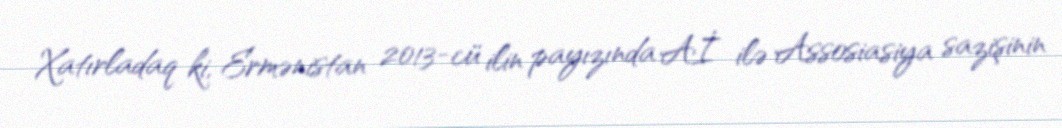
Xatırladaq ki, Ermənistan 2013-cü ilin payızında Aİ ilə Assosiasiya sazişinin